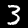
Label: 3